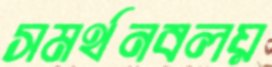
সমর্থনবলয়